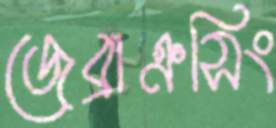
জেব্রাক্রসিং